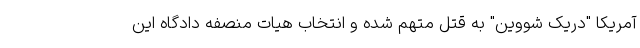
آمریکا "دریک شووین" به قتل متهم شده و انتخاب هیات منصفه دادگاه این